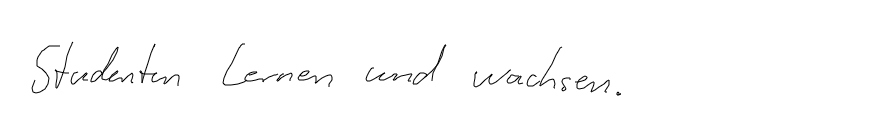
Studenten lernen und wachsen.